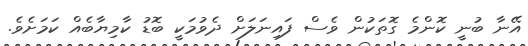
އޭނާ ބުނީ ކޮންމެ ގޮތަކުން ވެސް ފައިނަލަށް ދެވުމަކީ ބޮޑު ކާމިޔާބެއް ކަމަށެވެ.